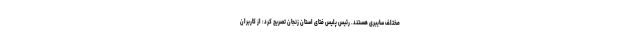
مختلف سایبری هستند. رئیس پلیس فتای استان زنجان تصریح کرد: از کاربران